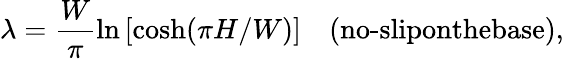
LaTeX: \lambda=\frac{W}{\pi}\ln\left[{\cosh(\pi H/W)}\right]\quad(\textrm{no-sliponthebase}),